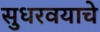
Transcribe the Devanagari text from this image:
सुधरवयाचे